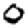
Digit: 0